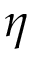
\eta